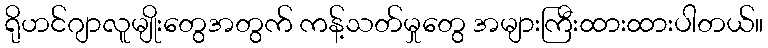
ရိုဟင်ဂျာလူမျိုးတွေအတွက် ကန့်သတ်မှုတွေ အများကြီးထားထားပါတယ်။